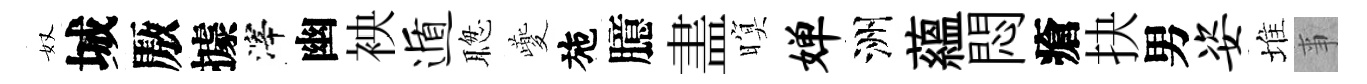
奴城厫據滓幽䘧遁聦夔施臆𥁞暝婵洲藴悶瘡抉男姿堆亊